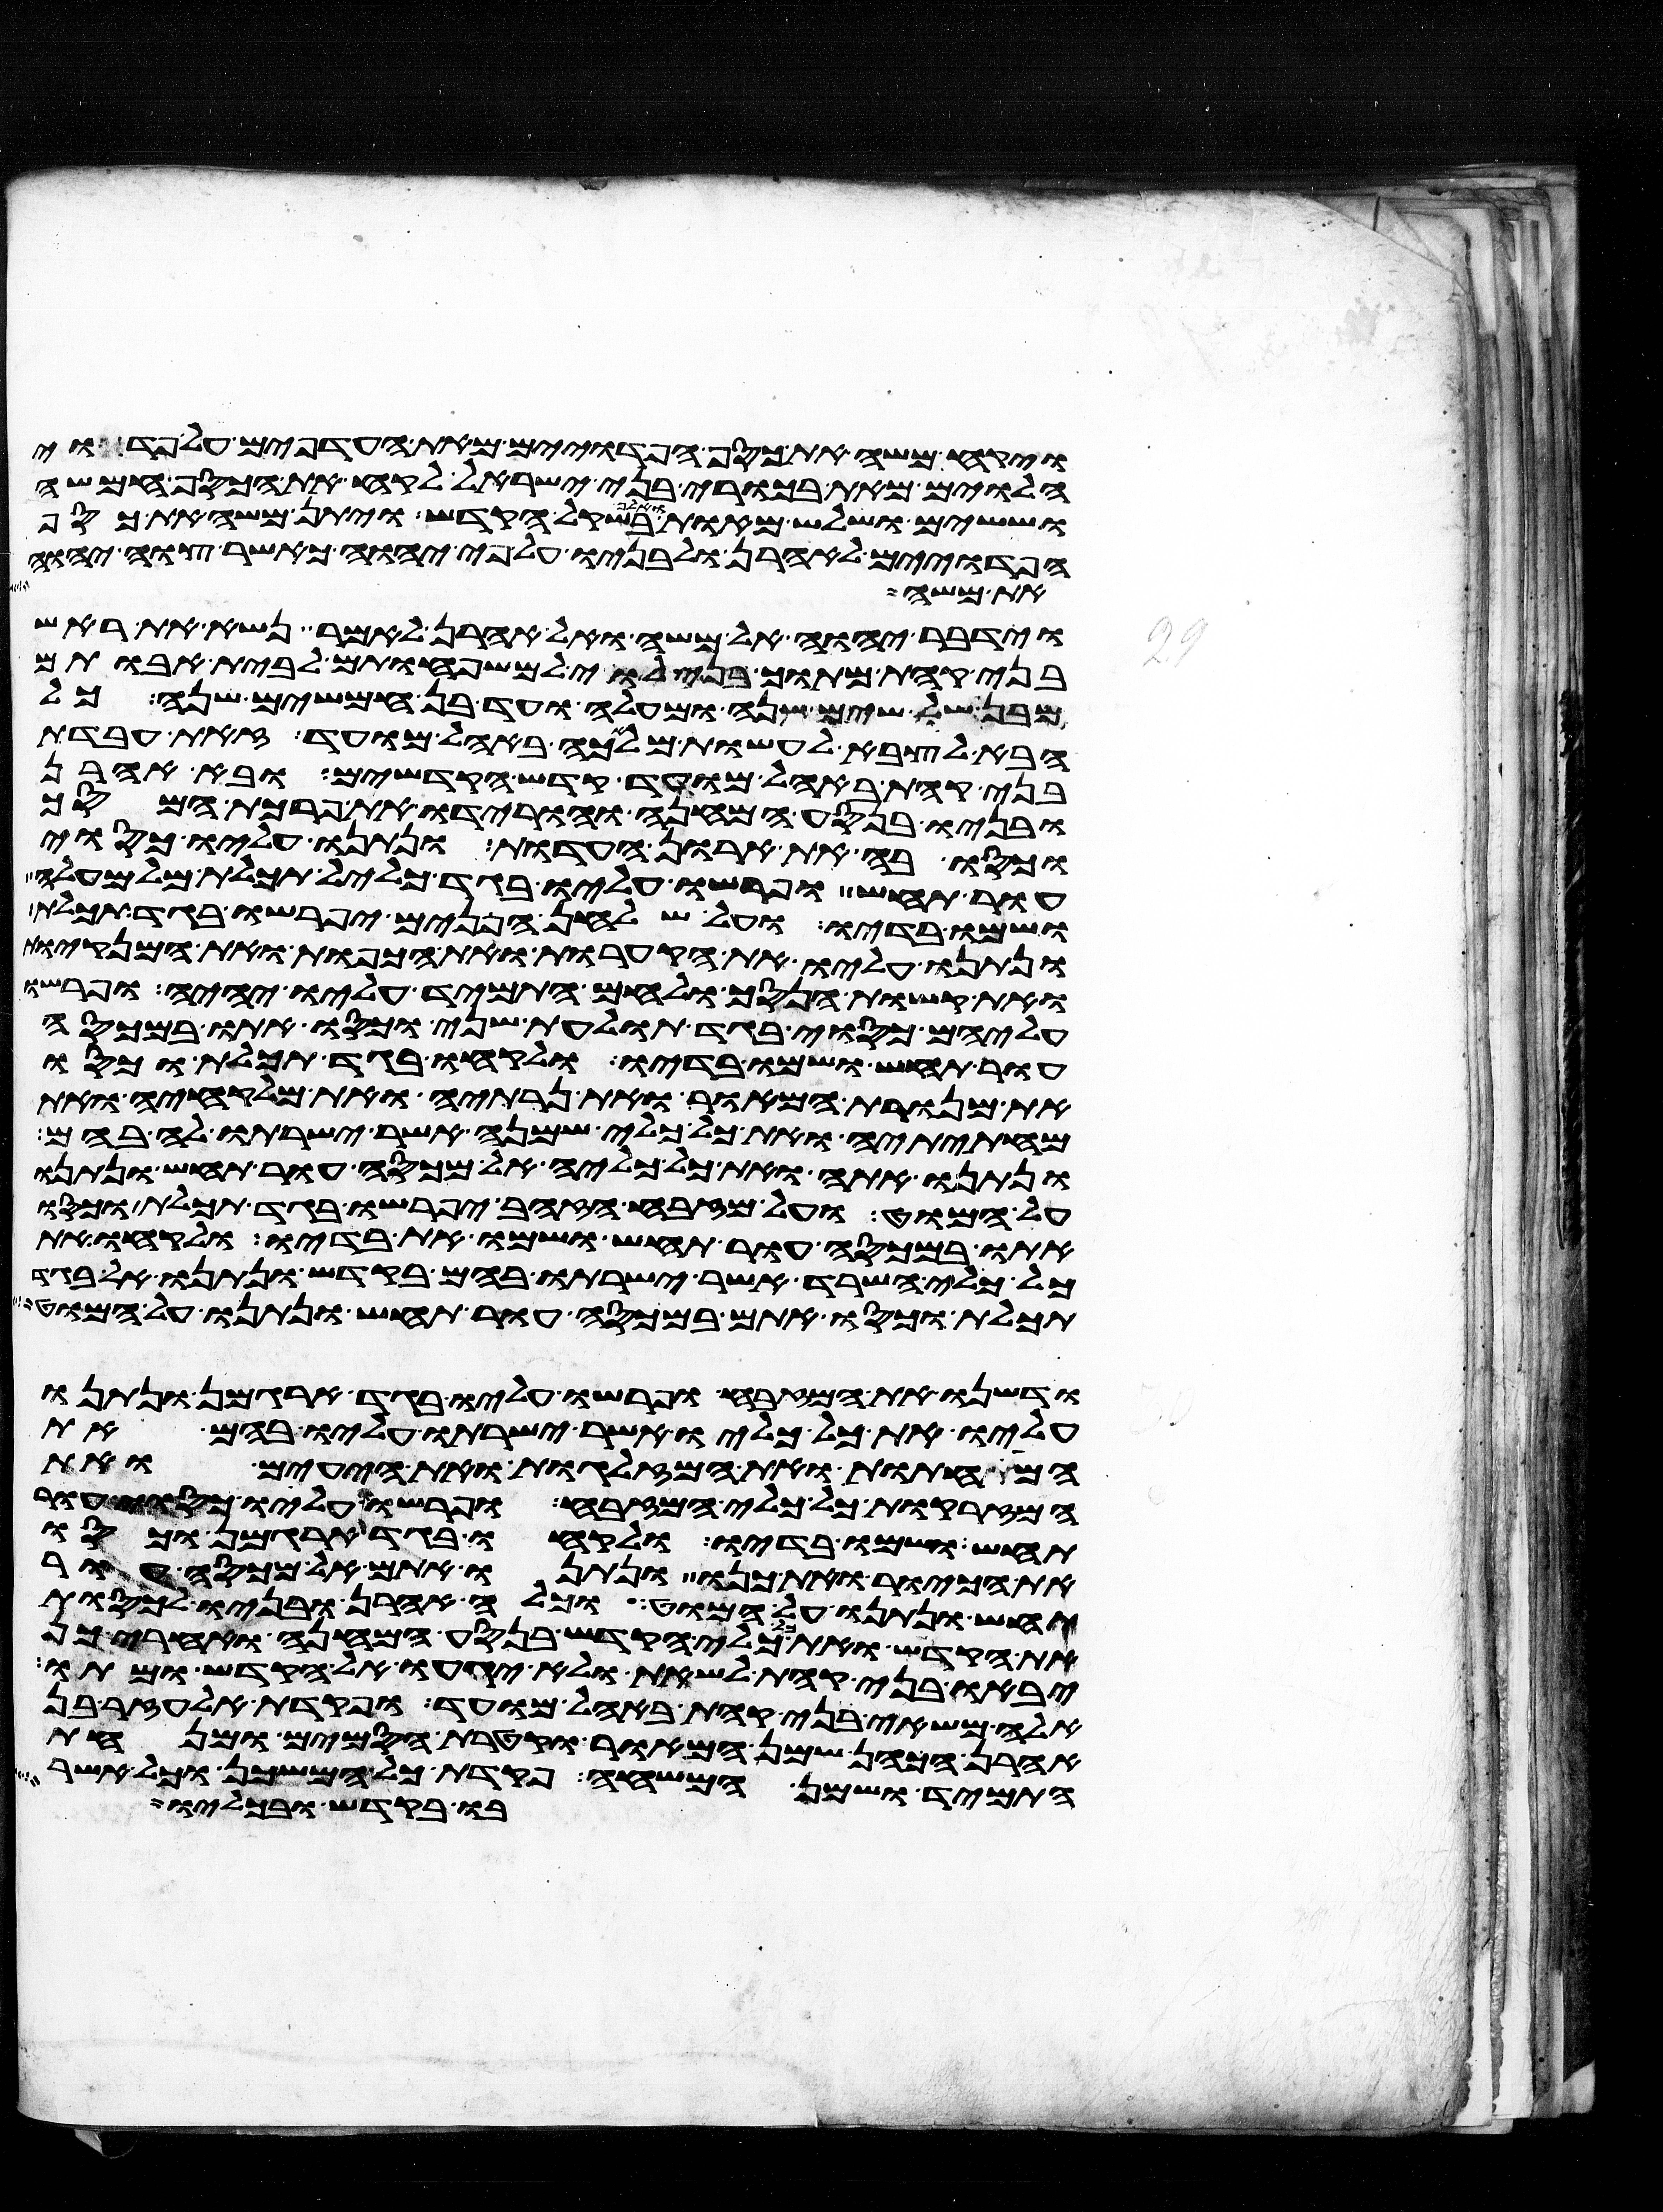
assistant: ויקח משה את כסף הפדוים מאת העדפים על פדוי
הלוים מאת בכורי בני ישראל לקח את הכסף חמשה
וששים ושלש מאות ואלף בשקל הקדש ויתן משה את כסף
הפדוים לאהרן ולבניו על פי יהוה כאשר צוה יהוה
את משה
וידבר יהוה אל משה ואל אהרן לאמר נשא את ראש
בני קהת מתוך בני לוי למשפחותם לבית אבותם
מבן שלשים שנה ומעלה ועד בן חמשים שנה כל
הבא לצבא לעשות מלאכה באהל מועד זאת עבדת
בני קהת באהל מועד קדש הקדשים ובא אהרן
ובניו בנסע המחנה והורידו את פרכת המסך
וכסו בה את ארון העדות ונתנו עליו כסוי
עור תחש ופרשו עליו בגד כליל תכלת מלמעלה
ושמו בדיו ועל שלחן הפנים יפרשו בגד תכלת
ונתנו עליו את הקערות ואת הכפות ואת המנקיות
ואת קשות הנסך ולחם התמיד עליו יהיה ופרשו
עליהם כסוי בגד תולעת שני וכסו אתו במכסה
עור תחש ושמו בדיו ולקחו בגד תכלת וכסו
את מנורת המאור ואת נרתיה ואת מלקחיה ואת
מחתיתיה ואת כל כלי שמנה אשר ישרתו לה בהם
ונתנו אתה ואת כל כליה אל מכסה עור תחש ונתנו
על המוט ועל מזבח הזהב יפרשו בגד תכלת וכסו
אתו במכסה עור תחש ושמו את בדיו ולקחו את
כל כלי השרת אשר ישרתו בהם בקדש ונתנו אל בגד
תכלת וכסו אתם במכסה עור תחש ונתנו על המוט
ודשנו את המזבח ופרשו עליו בגד ארגמן ונתנו
עליו את כל כליו אשר ישרתו עליו בהם את
המחתות ואת המזלגות ואת היעים ואת
המזרקות כל כלי המזבח ופרשו עליו כסוי עור
תחש ושמו בדיו ולקחו בגד ארגמן וכסו
את הכיור ואת כנו ונתנו אתם אל מכסה עור
תחש ונתנו על המוט וכלה אהרן ובניו לכסות
את הקדש ואת כל כלי הקדש בנסע המחנה ואחרי כן
יבאו בני קהת לשאת ולא יגעו אל הקדש ומתו
אלה משאי בני קהת באהל מועד ופקדת אלעזר בן
אהרן הכהן שמן המאור וקטרת הסמים ומנחת
התמיד ושמן המשחה פקדת כל המשכן וכל אשר
בו בקדש ובכליו